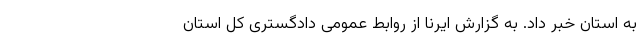
به استان خبر داد. به گزارش ایرنا از روابط عمومی دادگستری کل استان